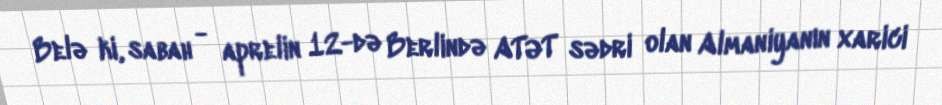
Belə ki, sabah - aprelin 12-də Berlində ATƏT sədri olan Almaniyanın xarici